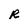
Character: R